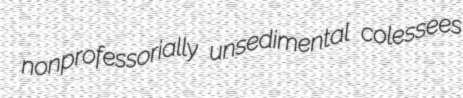
nonprofessorially unsedimental colessees